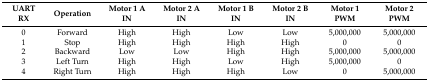
| UART RX | Operation | Motor 1 A IN | Motor 2 A IN | Motor 1 B IN | Motor 2 B IN | Motor 1 PWM | Motor 2 PWM |
 | --- | --- | --- | --- | --- | --- | --- | --- |
 | 0 | Forward | High | High | Low | Low | 5,000,000 | 5,000,000 |
 | 1 | Stop | High | High | High | High | 0 | 0 |
 | 2 | Backward | Low | Low | High | High | 5,000,000 | 5,000,000 |
 | 3 | Left Turn | High | High | Low | High | 5,000,000 | 0 |
 | 4 | Right Turn | High | High | High | Low | 0 | 5,000,000 |